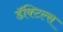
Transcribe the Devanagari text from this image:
डॅक्टिल्स